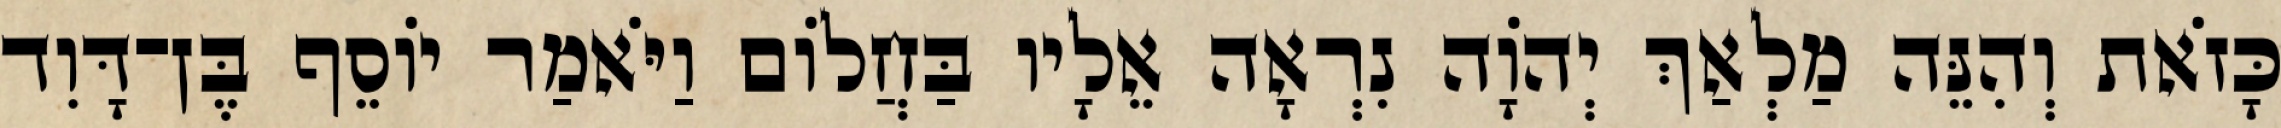
כָּזֹאת וְהִנֵּה מַלְאַךְ יְהוָֹה נִרְאָה אֵלָיו בַּחֲלוֹם וַיֹּאמַר יוֹסֵף בֶּן־דָּוִד